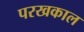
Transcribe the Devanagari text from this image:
परखकाल